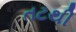
તટથી